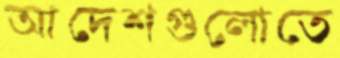
আদেশগুলোতে